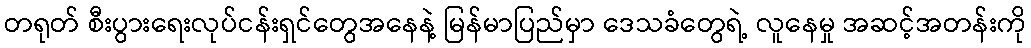
တရုတ် စီးပွားရေးလုပ်ငန်းရှင်တွေအနေနဲ့ မြန်မာပြည်မှာ ဒေသခံတွေရဲ့ လူနေမှု အဆင့်အတန်းကို